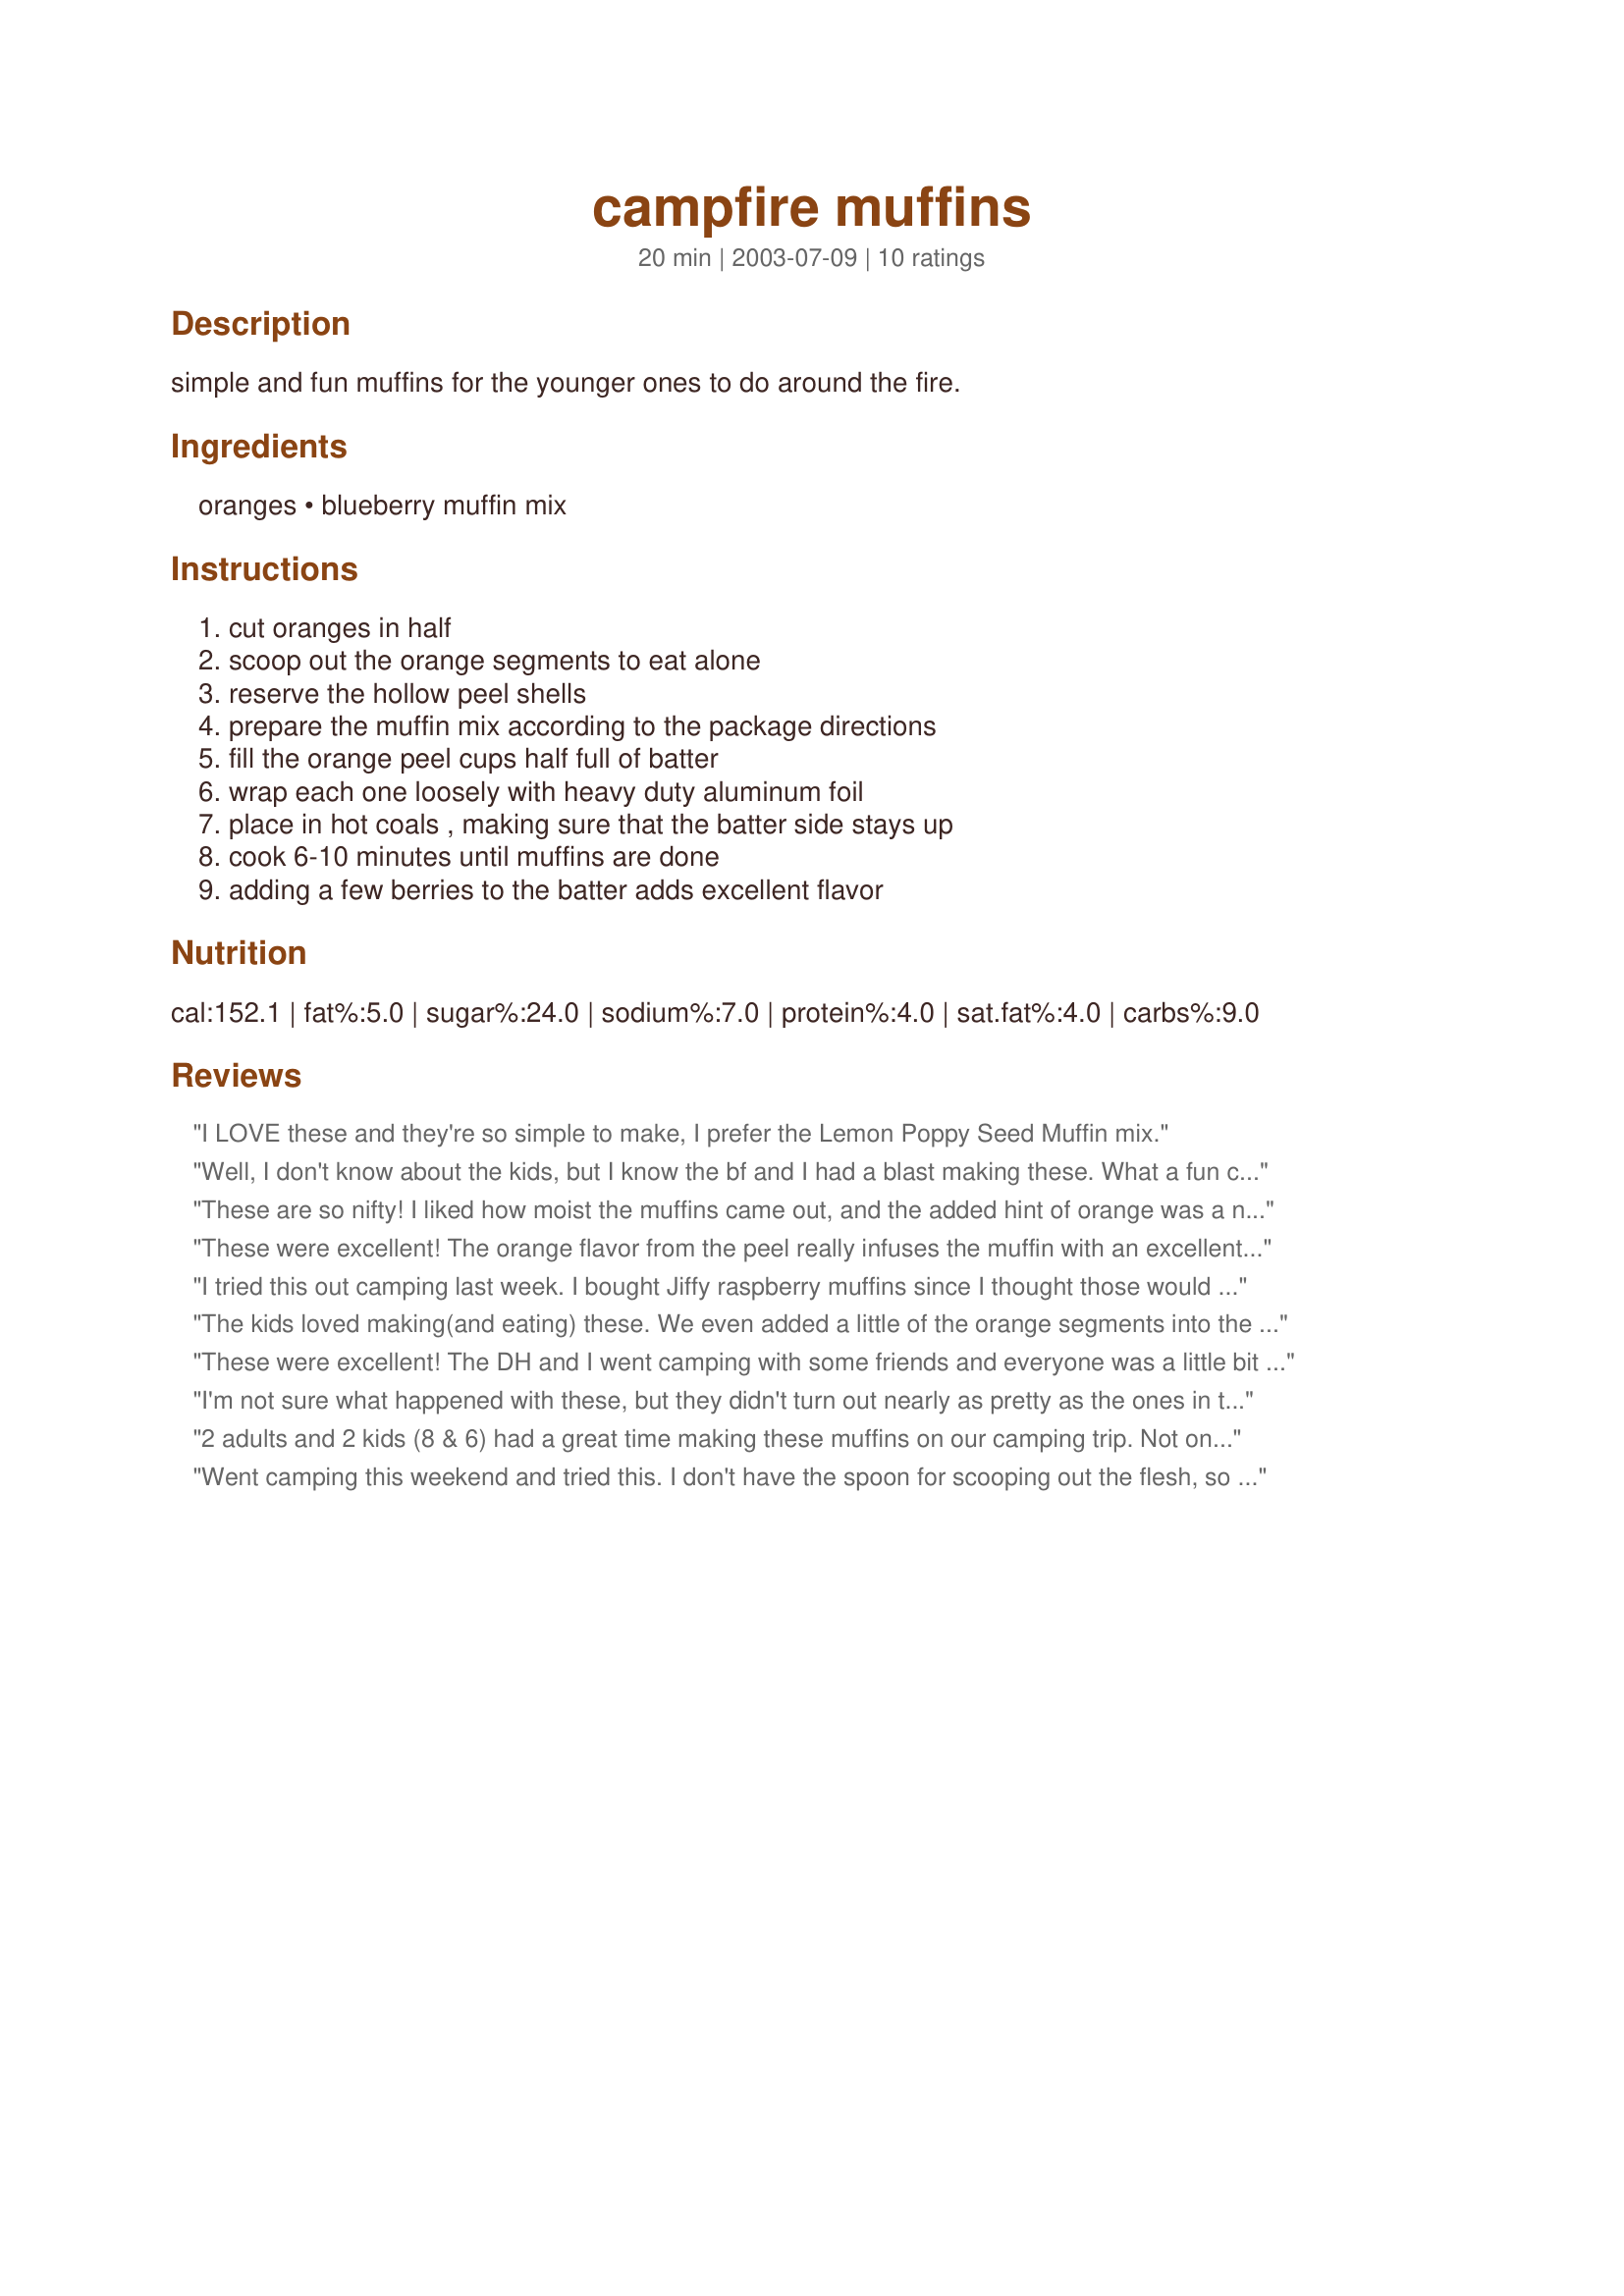
campfire muffins
Preparation time: 20 minutes

simple and fun muffins for the younger ones to do around the fire.

Ingredients:
oranges, blueberry muffin mix

Steps:
cut oranges in half, scoop out the orange segments to eat alone, reserve the hollow peel shells, prepare the muffin mix according to the package directions, fill the orange peel cups half full of batter, wrap each one loosely with heavy duty aluminum foil, place in hot coals , making sure that the batter side stays up, cook 6-10 minutes until muffins are done, adding a few berries to the batter adds excellent flavor

Reviews:
I LOVE these and they're so simple to make, I prefer the Lemon Poppy Seed Muffin mix.
Well, I don't know about the kids, but I know the bf and I had a blast making these. What a fun campfire activity! Next time I'll have to take pictures and post 'em. So much fun! Thanks for sharing, I love all your campfire recipes.
These are so nifty! I liked how moist the muffins came out, and the added hint of orange was a nice compliment to the flavor. I did mine in the oven b/c I wanted to test them out before I went camping. My mom the picky eater loved them. What a great way to conserve clean dishes! Maybe I'll try mini-muffins in lemon halves next time. Thanks!
These were excellent! The orange flavor from the peel really infuses the muffin with an excellent orange flavor. I added cranberries to a blueberry and wild berry muffin mix. I cooked/baked them over an open fire pit by placing them in a disposable tin and covering with tin foil. About 45 minutes and they were cooked perfectly. These were a crowd favorite and I will be making them alot!
I tried this out camping last week. I bought Jiffy raspberry muffins since I thought those would go well with the orange. I had my 5 yr old daughter mix up the batter but I did the rest. For the most part we got them to cook and they rose nicely, some we had trouble with raw dough inside so that will just take some practice. I agree with what another reviewer mentioned... next time I will prep the oranges in advance since that wasted a lot of time. Also it seems like you could use any type of muffin batter so I might try a bran muffin so that they will be healthier.
The kids loved making(and eating) these. We even added a little of the orange segments into the muffin mix and those were great too. This will be a definate repeat for our camping trips.
These were excellent! The DH and I went camping with some friends and everyone was a little bit skeptic about how these muffins would turn out...but they were great! I juiced the oranges so we could have some fresh orange juice with breakfast, took out the pulp, and added Blueberry muffin mix and Chocolate Chip mix to the orange cups. They cooked up just fine over the campfire and the orange peel added just a hint of orange flavor. Great idea!
I'm not sure what happened with these, but they didn't turn out nearly as pretty as the ones in the pictures! I'll try them again, I think, but they were pretty messy to eat.
2 adults and 2 kids (8 & 6) had a great time making these muffins on our camping trip. Not only are they loads of fun to make, but they taste GOOD. We made the blueberry muffins and they had a hint of orange (from the orange peel and smokiness :-)) I strongly recommend this recipe for a new addition to a camping snack!
Went camping this weekend and tried this. I don't have the spoon for scooping out the flesh, so I juiced the orange halves instead. I used 4 huge oranges to make 8 large muffins. I think next time I might prepare the oranges at home, to make for a quicker snack. Some baked 10 minutes and some longer. We ate it out of the oranges and it was a neat treat. Even the picky kids liked it.
